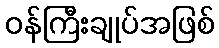
ဝန်ကြီးချုပ်အဖြစ်